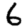
Digit: 6